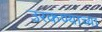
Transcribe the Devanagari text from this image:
उरकण्याच्या